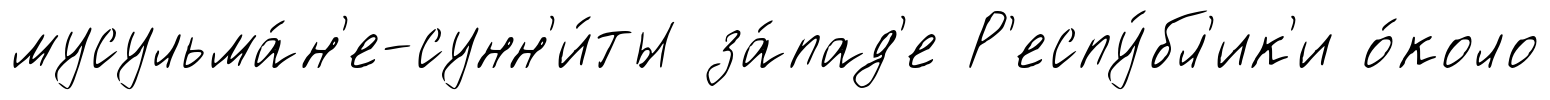
мусульма́н'е-сунн'и́ты за́пад'е Р'еспу́бл'ик'и о́коло